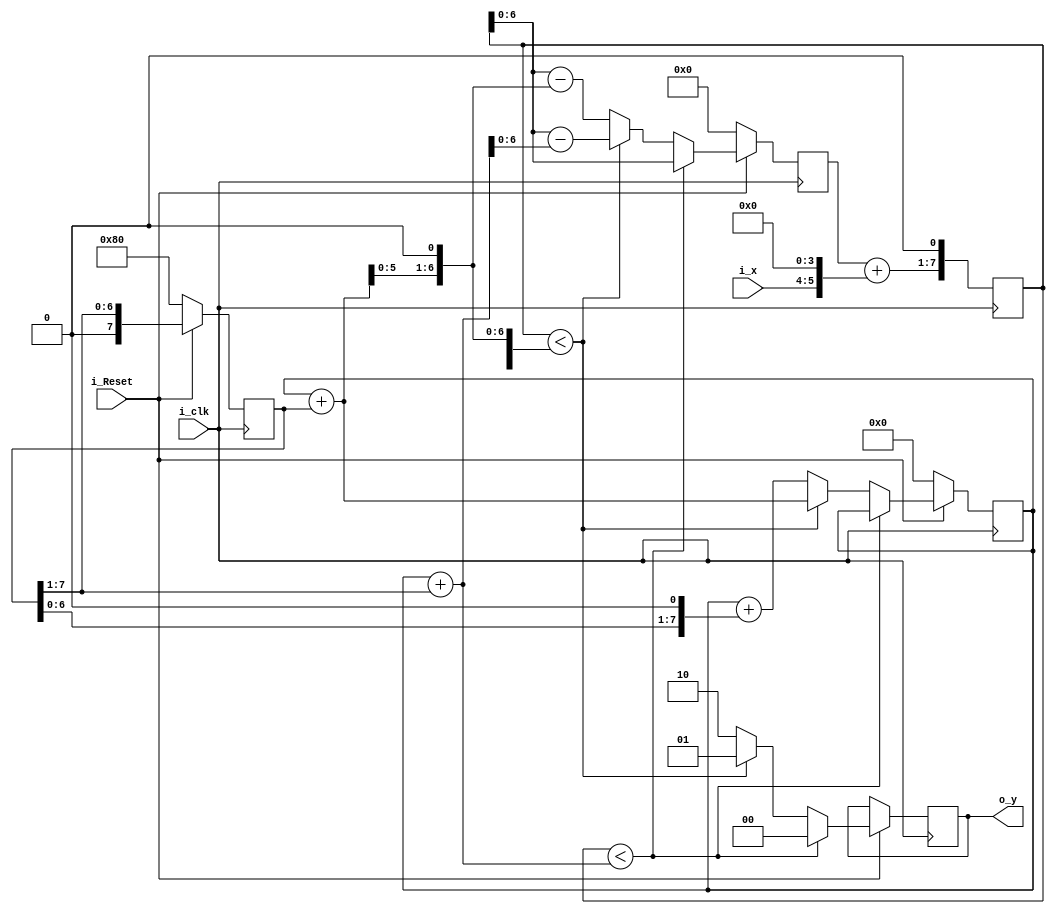
`timescale 1ns / 1ps
//////////////////////////////////////////////////////////////////////////////////
// Company: 
// Engineer: 
// 
// Design Name: 
// Module Name:    RootAlgorithm 
// Project Name: 
// Target Devices: 
// Tool versions: 
// Description: 	 Create practice realization of Our root algorithm
//
// Dependencies: 
//
// Revision: 
// Revision 0.01 - File Created
// Additional Comments: 
//
//////////////////////////////////////////////////////////////////////////////////
module RootAlgorithm(
	input i_clk,								// Input Clock signal
	input i_Reset,								// Input Reset signal
	input[1:0] i_x,							// Input X value
	output reg[1:0] o_y						// Output Y (Result)
    );

	
	// Parameters below are the same as algorithm	
	reg[7:0] H;
	reg[7:0] R;
	reg[7:0] Y;
	reg[7:0] shiftReg;					// This reg state for value 2^(-i)
	
	// Set to parameters staring value, Equation (2)
	initial
		begin
			H = 'b0;
			R = 'b0;
			Y = 'b0;
			o_y = 'b0;
			shiftReg = 'b10000000;		// Set reg into start value 2^(-1)
		end
	
	// Some wire for calculation Equation (4), (5)
	wire[7:0] w_Equation2 = Y + shiftReg[7:1];
	wire[7:0] w_Equation3 = {Y + shiftReg, 1'b0};


	// Equation (3)
	always @(posedge i_clk)
		begin
			H = {(R + {i_x, 4'b0}), 1'b0};
		end
		
		
	// All functionality are the same as in equations (5), (6)
	always @(negedge i_clk)
		begin
			if (!i_Reset)				// Reset module
				begin
					R = 'b0;
					Y = 'b0;
					shiftReg = 'b10000000;
				end
			else
				begin
										
					if (H < w_Equation2)					// Check second system equation border
						begin									//		 if it less then calculate first equation
							o_y = 2'b00;
							R = H;
						end
					else
						if (H < w_Equation3)				// Check third system equation border,
							begin								//		 if it less then calculate second equation
								o_y = 2'b01;
								R = H - w_Equation2;
								Y = Y + shiftReg;
							end
						else
							begin								// Otherwise calculate third equation
								o_y = 2'b10;
								R = H - w_Equation3;
								Y = Y + {shiftReg[6:0], 1'b0};
							end
					
					shiftReg = shiftReg >> 1;
				end
			
		end	
		
endmodule